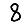
Digit: 8